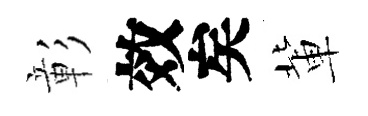
彰效矣軰